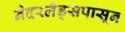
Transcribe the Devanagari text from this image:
नेदरलँड्सपासून